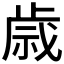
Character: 𫞓